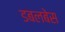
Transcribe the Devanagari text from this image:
डबलबेस